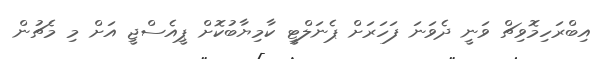
އިބްރަހިމޮވިޗް ވަނީ ދެވަނަ ފަހަރަށް ޕެނަލްޓީ ކާމިޔާބުކޮށް ޕީއެސްޖީ އަށް މި މެޗުން